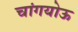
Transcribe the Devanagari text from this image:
चांगयोऊ